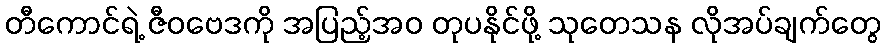
တီကောင်ရဲ့ ဇီဝဗေဒကို အပြည့်အဝ တုပနိုင်ဖို့ သုတေသန လိုအပ်ချက်တွေ